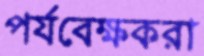
পর্যবেক্ষকরা